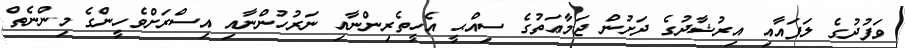
ވަފުދުގެ ލަފައާއި އިރުޝާދުގެ ދަށުން ޖަމާޢަތުގެ ސިއްޙީ އެހީތެރިންނާއި ނަރުހުންނާއި އިސްރަށްވެހީންގެ މިންނެތް